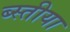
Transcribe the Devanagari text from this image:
ब्स्तीया